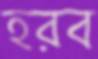
হরব